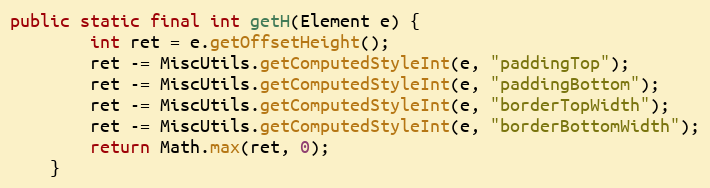
Language: Java
public static final int getH(Element e) {
        int ret = e.getOffsetHeight();
        ret -= MiscUtils.getComputedStyleInt(e, "paddingTop");
        ret -= MiscUtils.getComputedStyleInt(e, "paddingBottom");
        ret -= MiscUtils.getComputedStyleInt(e, "borderTopWidth");
        ret -= MiscUtils.getComputedStyleInt(e, "borderBottomWidth");
        return Math.max(ret, 0);
    }